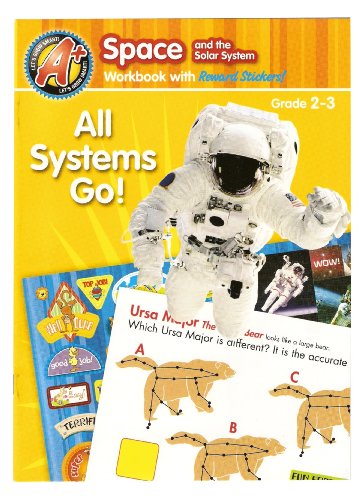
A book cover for Let's Grow Smart! (Space and the Solar System, Grade 2-3); Science & Math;